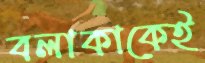
বলাকাকেই